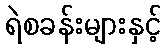
ရဲစခန်းများနှင့်